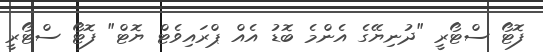
ފޮޓޯ ސްޓޯރީ "ދުނިޔޭގެ އެންމެ ބޮޑު އެއް ޕްރައިވެޓް ޔޮޓް" ފޮޓޯ ސްޓޯރީ